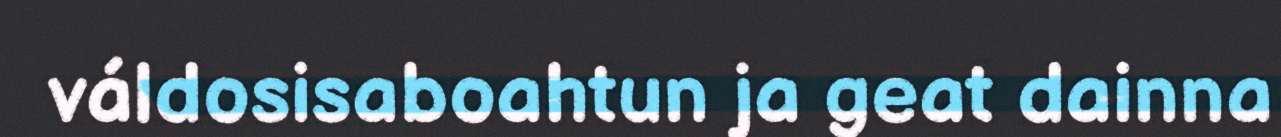
váldosisaboahtun ja geat dainna